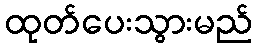
ထုတ်ပေးသွားမည်